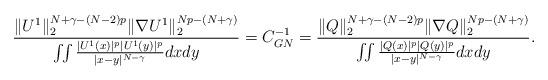
LaTeX: \begin{align*}\frac{ \| U^1 \|_2^{N+\gamma-(N-2)p} \| \nabla U^1 \|_2^{Np-(N+\gamma)}}{ \iint \frac{|U^1(x)|^p |U^1(y)|^p}{|x-y|^{N-\gamma}} dxdy } =C_{GN}^{-1} = \frac{ \| Q \|_2^{N+\gamma-(N-2)p} \| \nabla Q \|_2^{Np-(N+\gamma)}}{ \iint \frac{|Q(x)|^p |Q(y)|^p}{|x-y|^{N-\gamma}} dxdy } . \end{align*}